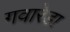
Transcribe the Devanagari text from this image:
गवारेडा